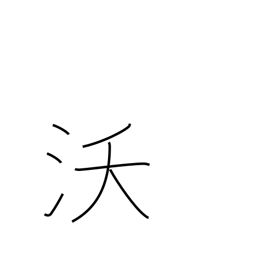
Meaning: fertility